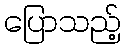
ပြောသည့်